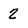
Character: 2